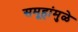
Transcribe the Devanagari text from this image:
समूहांमुळे